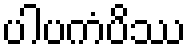
ပါပကံပိဿ